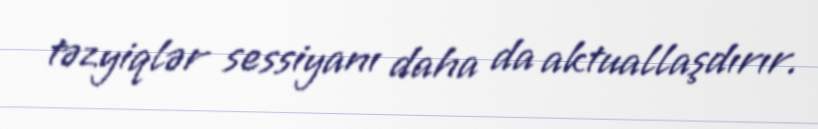
təzyiqlər sessiyanı daha da aktuallaşdırır.